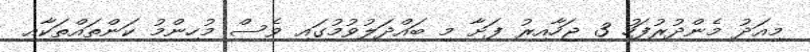
މިއަދު މެންދުރުފަހު 3 ޖަހާއިރު ފަށާ މި ބައްދަލުވުމުގައި ވެސް މުހިންމު ކަންތައްތަކާއި